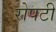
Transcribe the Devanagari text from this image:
रोपटी